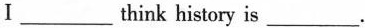
Ⅰ___think history is___.